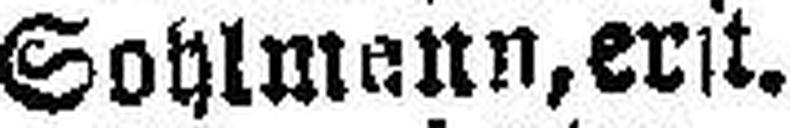
Sohlmann,erst.